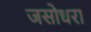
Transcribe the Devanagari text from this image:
जसोधरा